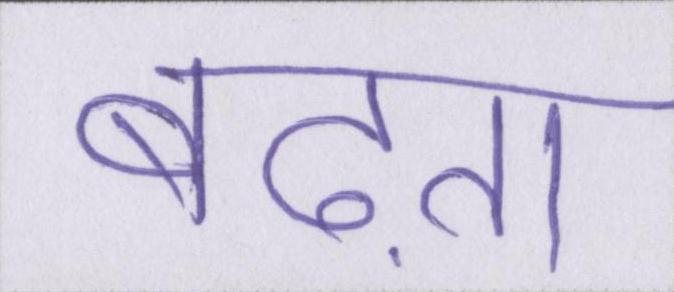
बढ़ता